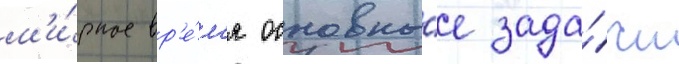
м'и́рное вр'е́м'я основны́е зада́чи